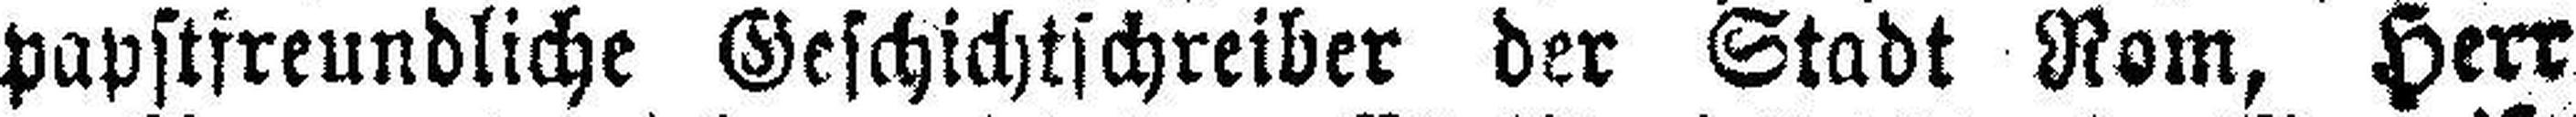
papstfreundliche Geschichtschreiber der Stadt Rom, Herr